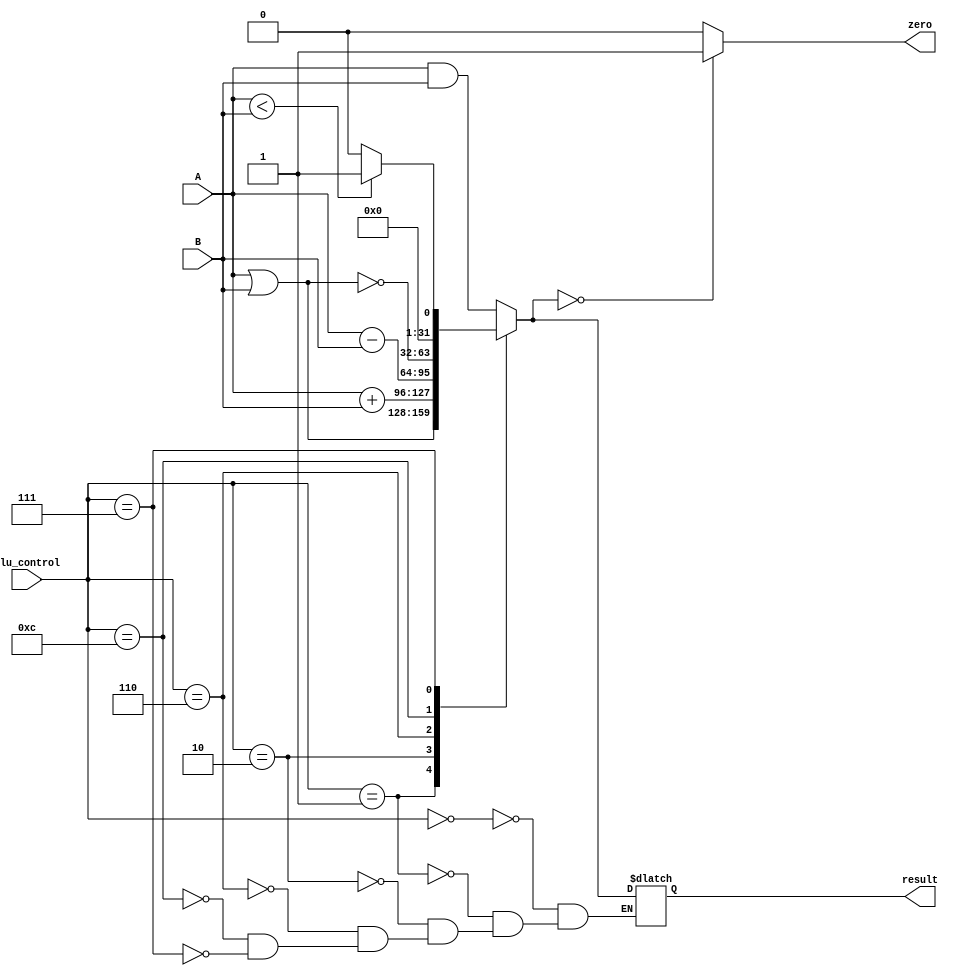
//=========================================================================
// Name & Email must be EXACTLY as in Gradescope roster!
// Name: 
// Email: 
// 
// Assignment name: 
// Lab section: 
// TA: 
// 
// I hereby certify that I have not received assistance on this assignment,
// or used code, from ANY outside source other than the instruction team
// (apart from what was provided in the starter file).
//
//=========================================================================

//=========================================================================
//
// DO NOT CHANGE ANYTHING BELOW THIS COMMENT. IT IS PROVIDED TO MAKE SURE 
// YOUR LAB IS SUCCESSFULL. 
//
//=========================================================================

`timescale 1ns / 1ps

`define ALU_AND  		 4'b0000
`define ALU_OR   		 4'b0001
`define ALU_ADD  		 4'b0010
`define ALU_SUBTRACT   4'b0110
`define ALU_LESS_THAN  4'b0111
`define ALU_NOR        4'b1100

`define WORD_SIZE 32 

module alu (
	input wire [3:0] alu_control,  
	input wire [`WORD_SIZE-1:0] A, 
	input wire [`WORD_SIZE-1:0] B , 
	output reg zero, 
	output reg [`WORD_SIZE-1:0] result
);

reg [`WORD_SIZE-1:0] temp ; 

// ---------------------------------------------------------
// Parameters 
// --------------------------------------------------------- 

always @(alu_control or A or B) 
begin

	case (alu_control)   // R Type Instruction 	
		`ALU_AND :       result = A & B; 
		`ALU_OR :        result = A | B; 
		`ALU_ADD :       result = A + B; 
		`ALU_SUBTRACT :  result = A - B; 
		`ALU_NOR :       result = ~(A | B) ; 
		`ALU_LESS_THAN : result = $signed(A) < $signed(B) ?  1 : 0;
		
		default : temp = { `WORD_SIZE {1'b0} } ; 
	
	endcase

	// Final results 
	zero = (result == 0) ? 1 : 0; 
end 

endmodule